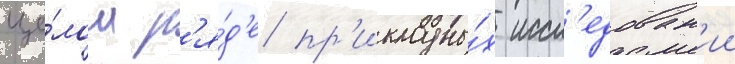
це́лом р'я́д'е пр'икладны́х иссл'едован'ии